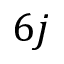
6 j